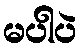
မပါပဲ